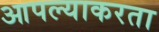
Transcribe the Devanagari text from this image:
आपल्याकरता